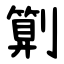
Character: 㔍